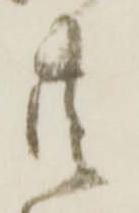
共